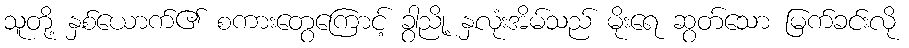
သူတို့ နှစ်ယောက်၏ စကားတွေကြောင့် ခွာညို့ နှလုံးအိမ်သည် မိုးရေ ဆွတ်သော မြက်ခင်းလို